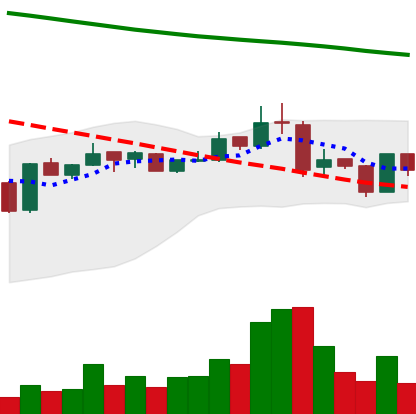
Ticker: BNB-USD
Chart end date: 2019-01-15
Forward return: 9.711%
Label: up_7plus